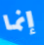
إنما